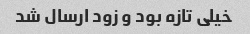
خیلی تازه بود و زود ارسال شد